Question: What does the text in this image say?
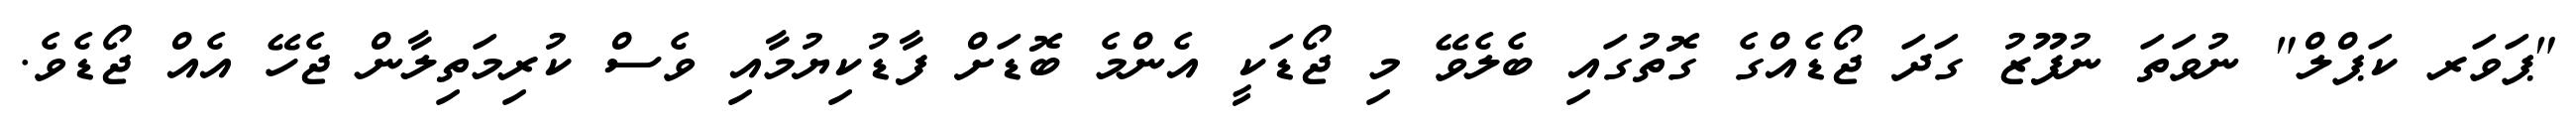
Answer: "ޕަވަރ ކަޕްލް" ނުވަތަ ނުފޫޒު ގަދަ ޖޯޑެއްގެ ގޮތުގައި ބެލެވޭ މި ޖޯޑަކީ އެންމެ ބޮޑަށް ފާޑުކިޔުމާއި ވެސް ކުރިމަތިލާން ޖެހޭ އެއް ޖޯޑެވެ.